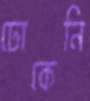
ঢোকেনি